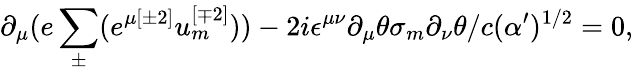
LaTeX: \partial_{\mu}(e\sum_{\pm}^{}(e^{\mu{[\pm 2]}}u_{{m}}^{{[\mp 2]}}))-2i\epsilon^{\mu\nu}\partial_{\mu}\theta\sigma_{{m}}\partial_{\nu}\theta/c(\alpha^{\prime})^{{1/2}}=0,